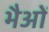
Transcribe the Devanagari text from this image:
भैओं